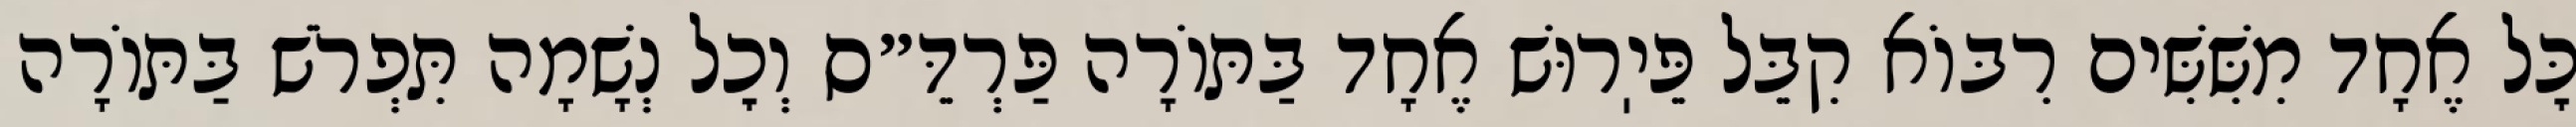
כׇּל אֶחָד מִשִּׁשִּׁים רִבּוֹא קִבֵּל פֵּיֽרוּשׁ אֶחָד בַּתּוֹרָה פַּרְדֵּ״ס וְכׇל נְשָׁמָה תִּפְרֹשׁ בַּתּוֹרָה